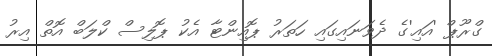
ގްރޫޕް 'އައި'ގެ ދެވަނައިގައި ހަތަރު ޕޮއިންޓާ އެކު ޕޮލިސް ކްލަބް އޮތް އިރު